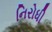
નિરોધી